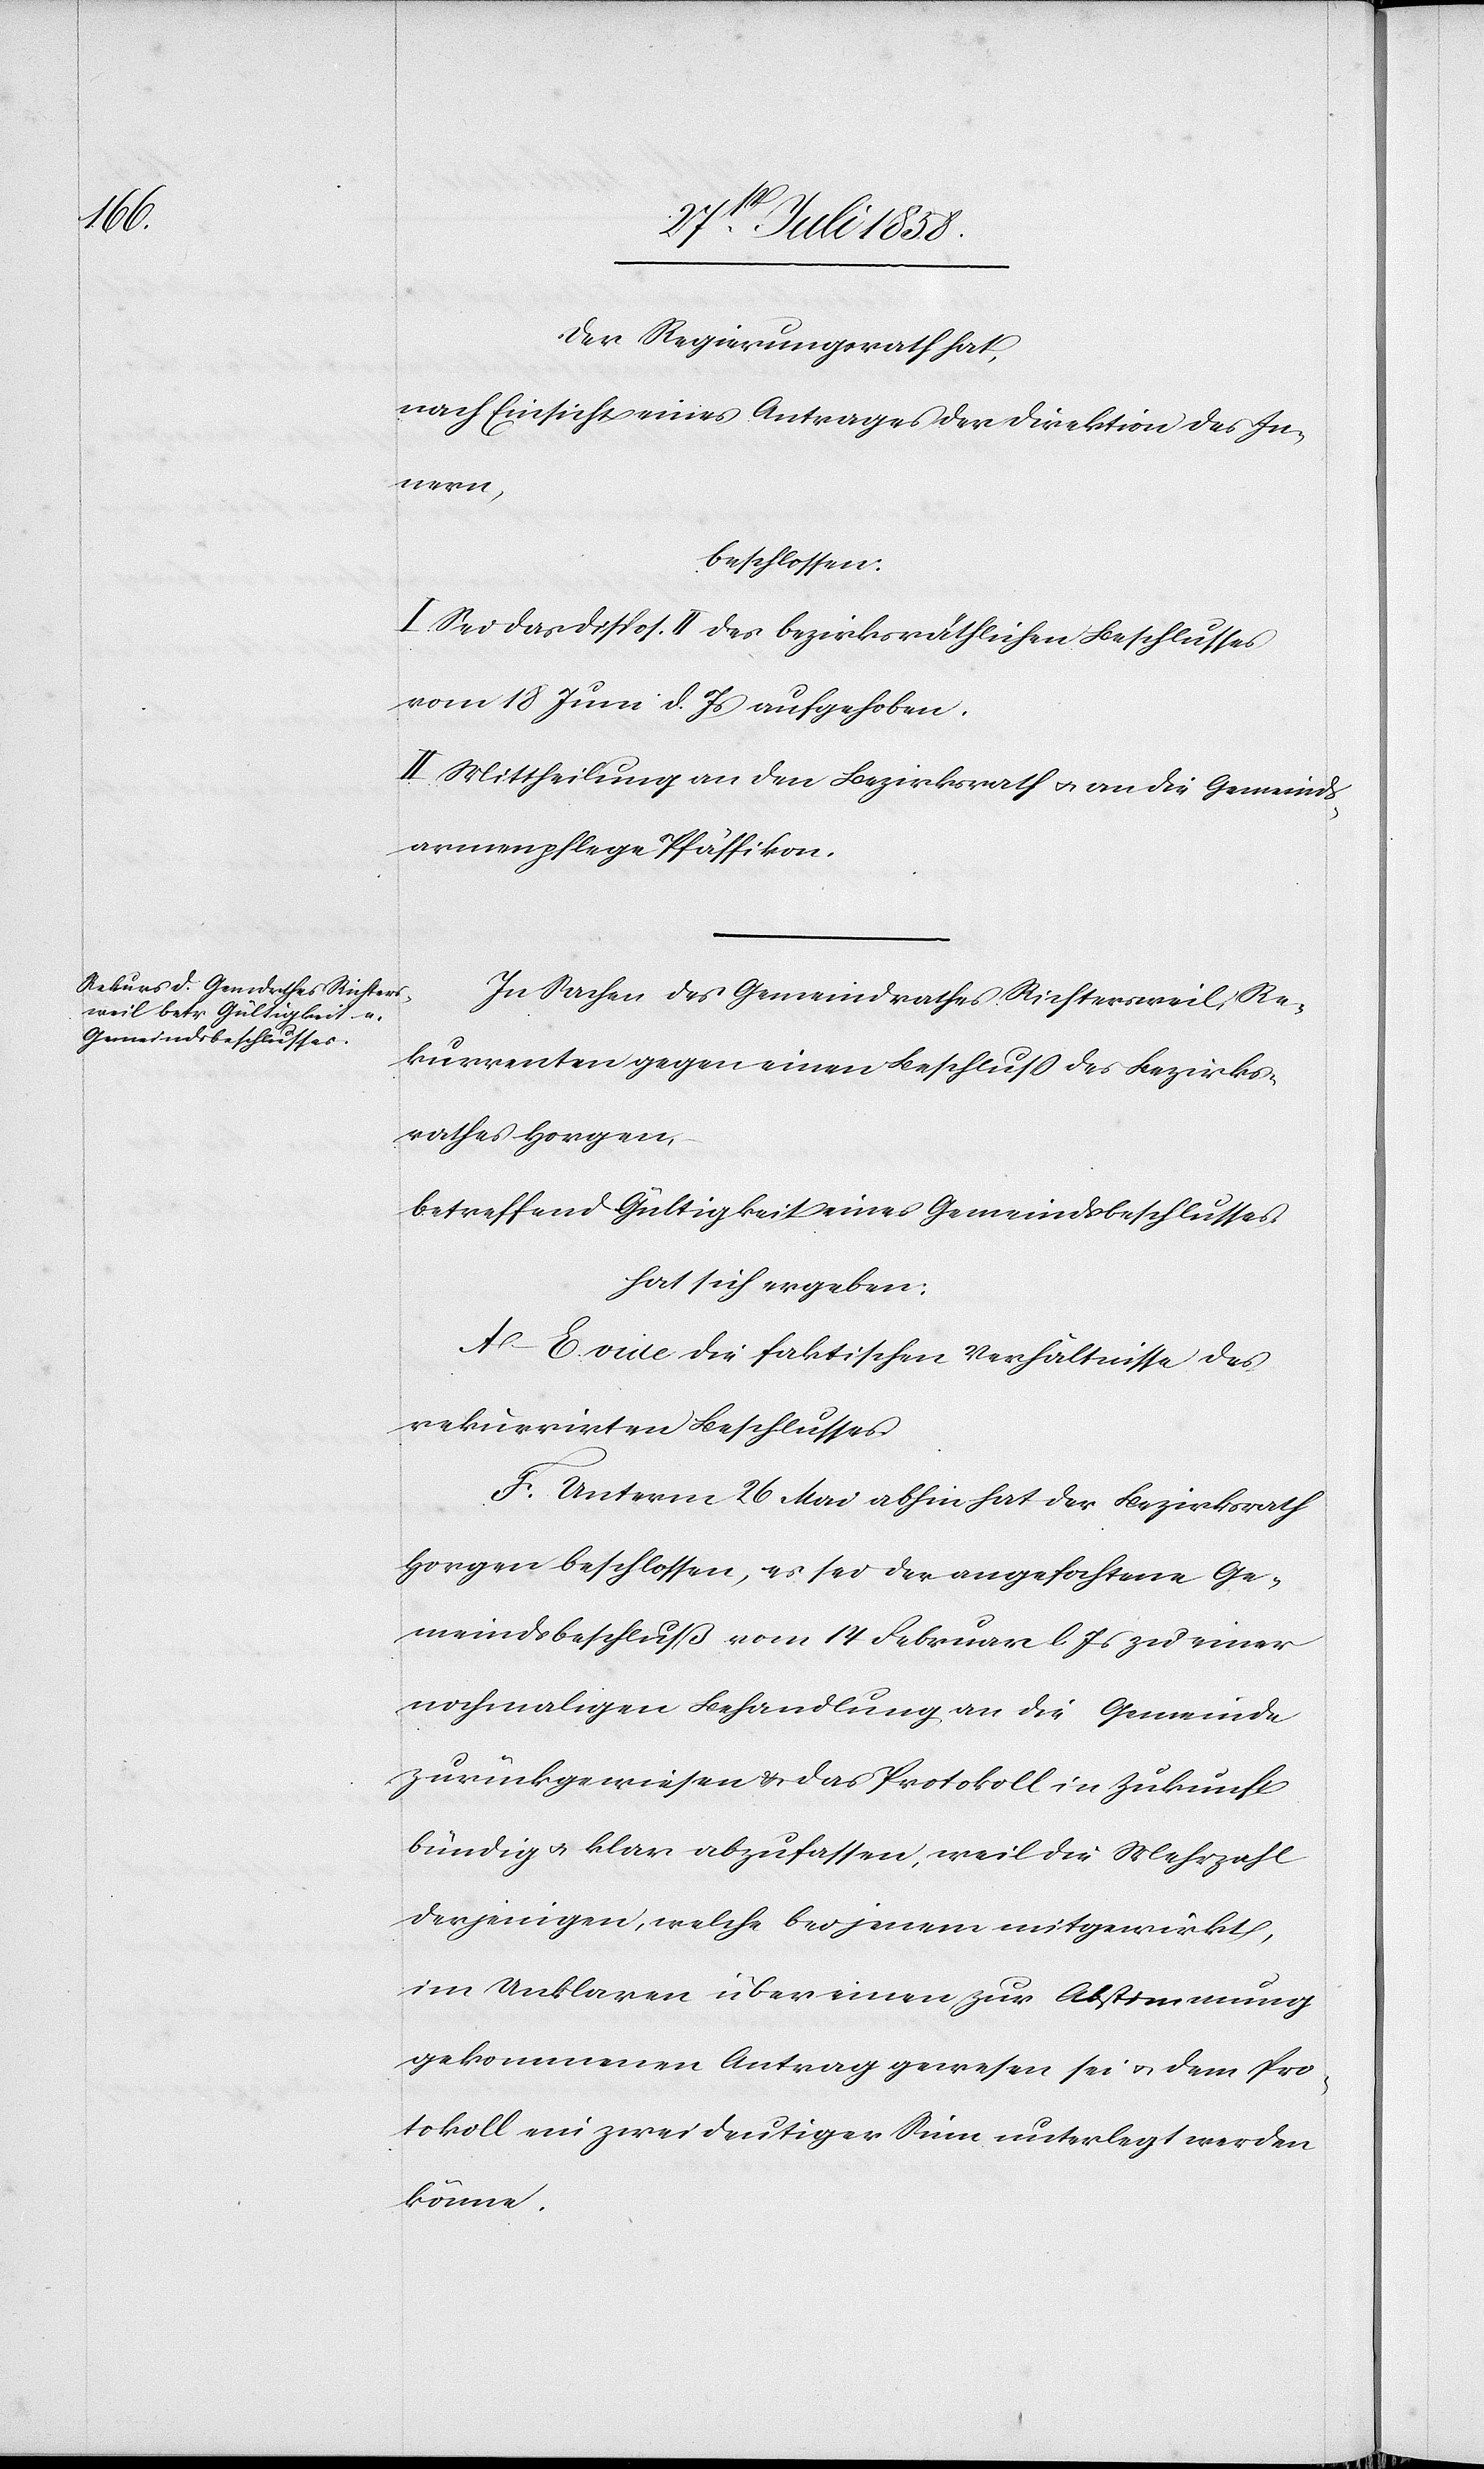
Der Regierungsrath hat,
nach Einsicht eines Antrages der Direktion des In¬
nern,
beschlossen:
I. Sei das Dispos. II des bezirksräthlichen Beschlusses
vom 18 Juni d. Js aufgehoben.
II. Mittheilung an den Bezirksrath & an die Gemeinds¬
armenpflege Pfäffikon.
In Sachen des Gemeindrathes Richtersweil, Re¬
kurrenten gegen einen Beschluss des Bezirks¬
rathes Horgen,
betreffend Gültigkeit eines Gemeindsbeschlusses
hat sich ergeben:
A–E. vide die faktischen Verhältnisse des
rekurrirten Beschlusses.
F. Unterm 26 Mai abhin hat der Bezirksrath
Horgen beschlossen, es sei der angefochtene Ge¬
meindsbeschluß vom 14 Februar l. Js zu einer
nochmaligen Behandlung an die Gemeinde
zurückgewiesen & das Protokoll in Zukunft
bündig & klar abzufassen, weil die Mehrzahl
derjenigen, welche bei jenem mitgewirkt,
im Unklaren über einen zur Abstimmung
gekommenen Antrag gewesen sei & dem Pro¬
tokoll ein zweideutiger Sinn unterlegt werden
könne.